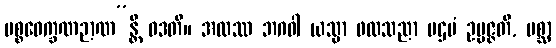
ပစ္စဝေက္ခဏဉာဏ”န္တိ ဝဒတိ။ အထဿ ဘဂဝါ ယသ္မာ ဖလသညာ ပဌမံ ဥပ္ပဇ္ဇတိ, ပစ္ဆာ